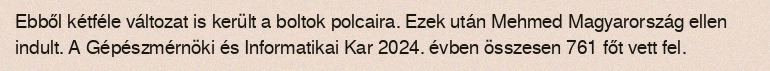
Ebből kétféle változat is került a boltok polcaira. Ezek után Mehmed Magyarország ellen indult. A Gépészmérnöki és Informatikai Kar  2024. évben összesen 761 főt vett fel.